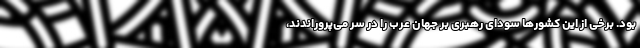
بود. برخی از این کشورها سودای رهبری بر جهان عرب را در سر می‌پروراندند،